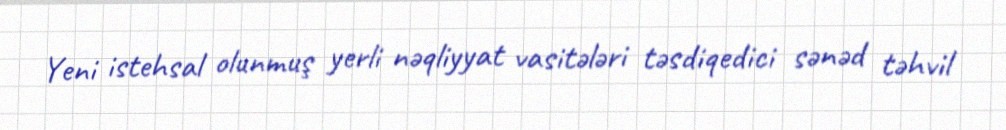
Yeni istehsal olunmuş yerli nəqliyyat vasitələri təsdiqedici sənəd təhvil